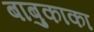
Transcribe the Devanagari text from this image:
बाबुकाका